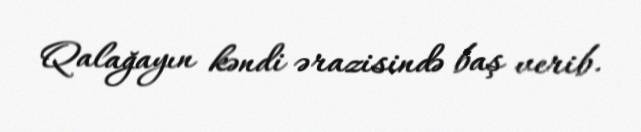
Qalağayın kəndi ərazisində baş verib.